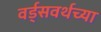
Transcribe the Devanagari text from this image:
वर्ड्‌सवर्थच्या